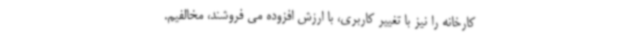
کارخانه را نیز با تغییر کاربری، با ارزش افزوده می فروشند، مخالفیم.